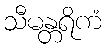
သီမန္တရိကံ